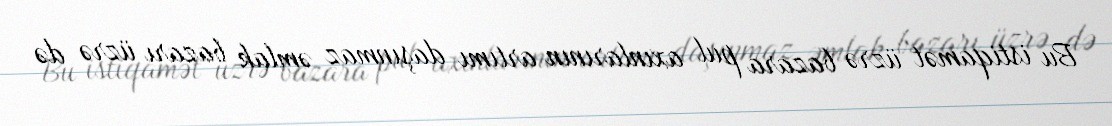
Bu istiqamət üzrə bazara pul axınlarının artımı daşınmaz əmlak bazarı üzrə də